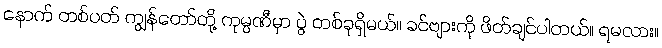
နောက် တစ်ပတ် ကျွန်တော်တို့ ကုမ္ပဏီမှာ ပွဲ တစ်ခုရှိမယ်။ ခင်ဗျားကို ဖိတ်ချင်ပါတယ်။ ရမလား။